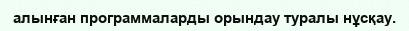
алынған программаларды орындау туралы нұсқау.